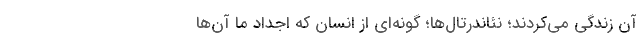
آن زندگی می‌کردند؛ نئاندرتال‌ها؛ گونه‌ای از انسان که اجداد ما آن‌ها